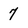
Character: 7